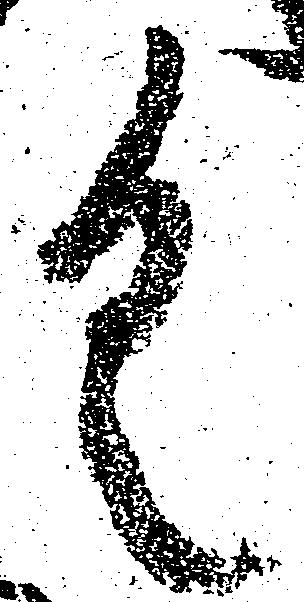
く